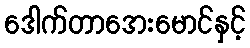
ဒေါက်တာအေးမောင်နှင့်